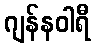
ဂျန်နဝါရီ